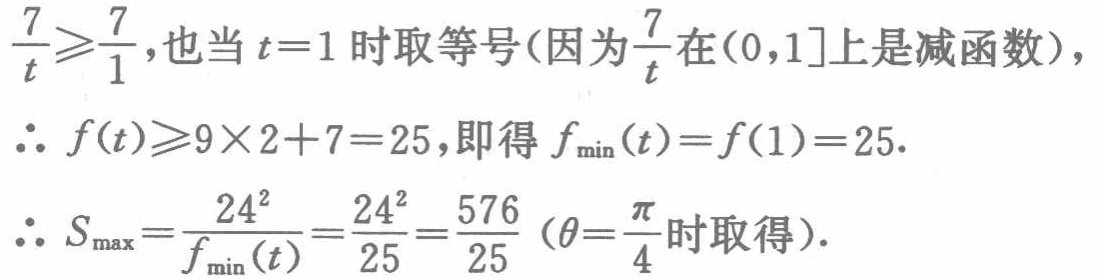
$\frac{7}{t}\geqslant\frac{7}{1},也当t = 1时取等号(因为\frac{7}{t}在(0,1]上是减函数)，
\therefore f(t)\geqslant9\times2 + 7 = 25,即得f_{\min}(t)=f(1)=25.
\therefore S_{\max}=\frac{24^{2}}{f_{\min}(t)}=\frac{24^{2}}{25}=\frac{576}{25}(\theta=\frac{\pi}{4}时取得).$